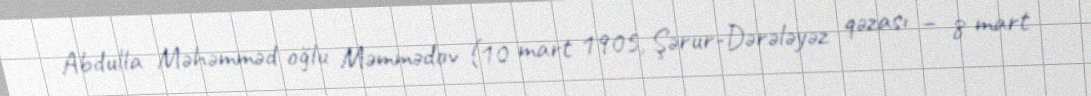
Abdulla Məhəmməd oğlu Məmmədov (10 mart 1905, Şərur-Dərələyəz qəzası – 8 mart